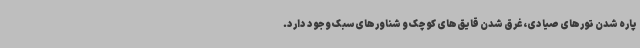
پاره شدن تورهای صیادی، غرق شدن قایق‌های کوچک و شناورهای سبک وجود دارد.